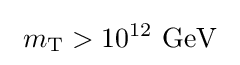
\ m_{\mathrm {T} }>10^{12}\ \mathrm {GeV} \